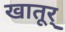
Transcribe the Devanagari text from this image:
खातूर्